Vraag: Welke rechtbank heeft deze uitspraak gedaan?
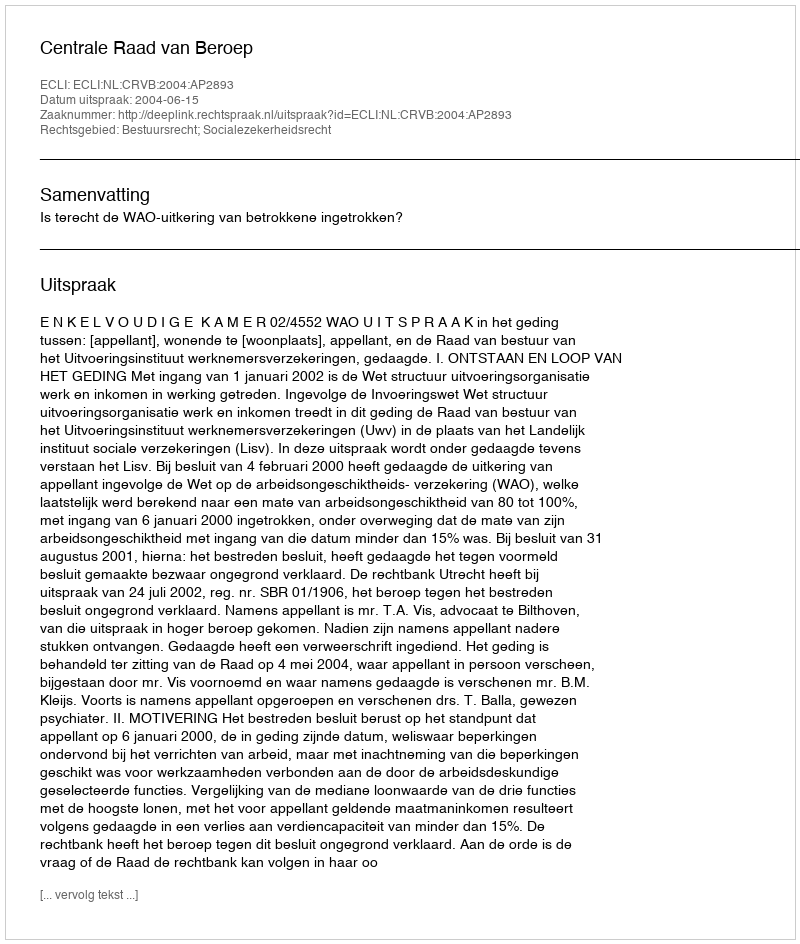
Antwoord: Centrale Raad van Beroep